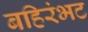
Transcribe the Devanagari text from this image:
बहिरंभट